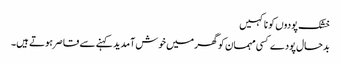
خشک پودوں کو نا کہیں
بدحال پودے کسی مہمان کو گھر میں خوش آمدید کہنے سے قاصر ہوتے ہیں۔